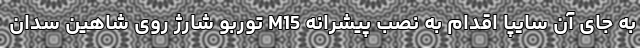
به جای آن سایپا اقدام به نصب پیشرانه M15 توربو شارژ روی شاهین سدان